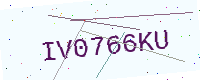
Text: IV0766KU